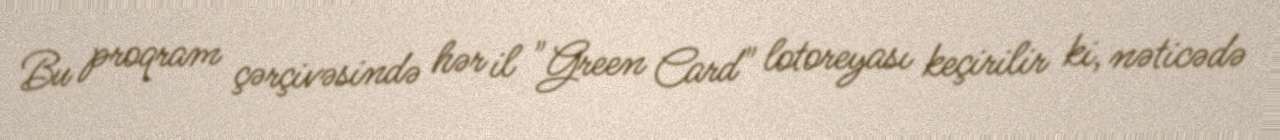
Bu proqram çərçivəsində hər il "Green Card" lotoreyası keçirilir ki, nəticədə